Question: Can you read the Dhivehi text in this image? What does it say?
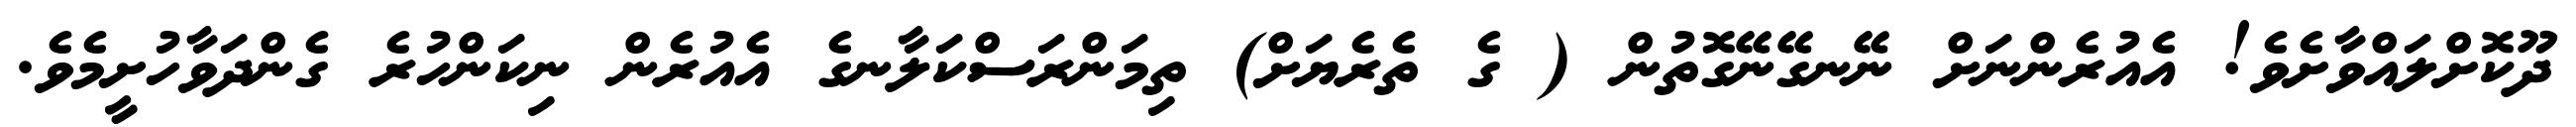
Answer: ދޫކޮށްލައްވާށެވެ! އެއުރެންނަށް ނޭނގޭނޭގޮތުން ( ގެ ތެރެޔަށް) ތިމަންރަސްކަލާނގެ އެއުރެން ނިކަންހުރެ ގެންދަވާހުށީމެވެ.